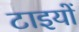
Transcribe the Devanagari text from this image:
टाइयों